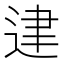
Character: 䢖